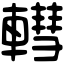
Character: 轊